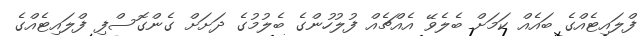
ފްލައިޓެއްގެ ބައެއް ކަމަށް ބެލެވޭ އެއްޗެއް ފުލުހުންގެ ބެލުމުގެ ދަށަށް ގެންގޮސްފި ފްލައިޓެއްގެ